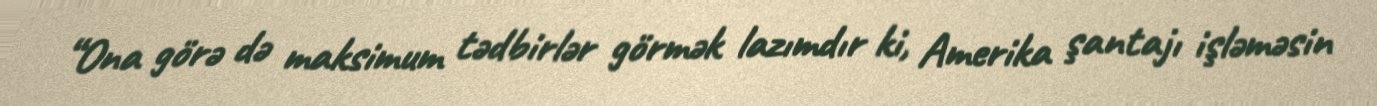
“Ona görə də maksimum tədbirlər görmək lazımdır ki, Amerika şantajı işləməsin